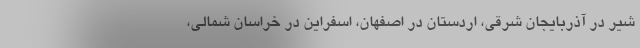
شیر در آذربایجان شرقی، اردستان در اصفهان، اسفراین در خراسان شمالی،